Indian journal of veterinary science and animal husbandry - Volume 2,
Year: 1932
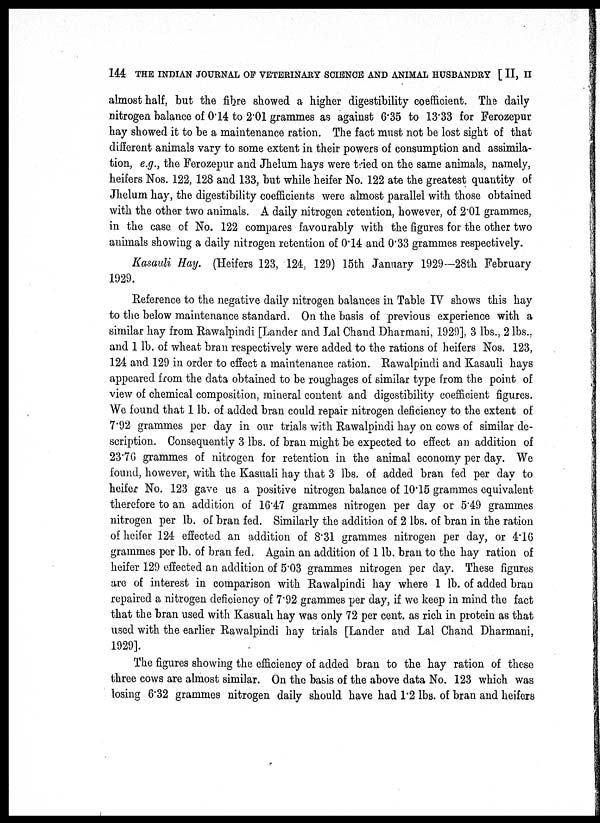
144 THE INDIAN JOURNAL OF VETERINARY SCIENCE AND ANIMAL HUSBANDRY [ II, II
almost half, but the fibre showed a higher digestibility coefficient. The daily
nitrogen balance of 0.14 to 2.01 grammes as against 6.35 to 13.33 for Ferozepur
hay showed it to be a maintenance ration. The fact must not be lost sight of that
different animals vary to some extent in their powers of consumption and assimila-
tion, e.g., the Ferozepur and Jhelum hays were tried on the same animals, namely,
heifers Nos. 122, 128 and 133, but while heifer No. 122 ate the greatest quantity of
Jhelum hay, the digestibility coefficients were almost parallel with those obtained
with the other two animals. A daily nitrogen retention, however, of 2.01 grammes,
in the case of No. 122 compares favourably with the figures for the other two
animals showing a daily nitrogen retention of 0.14 and 0.33 grammes respectively.
Kasauli Hay. (Heifers 123, 124, 129) 15th January 1929— 28th February
1929.
Reference to the negative daily nitrogen balances in Table IV shows this hay
to the below maintenance standard. On the basis of previous experience with a
similar hay from Rawalpindi [Lander and Lal Chand Dharmani, 1929], 3 lbs., 2 lbs.,
and 1 lb. of wheat bran respectively were added to the rations of heifers Nos. 123,
124 and 129 in order to effect a maintenance ration. Rawalpindi and Kasauli hays
appeared from the data obtained to be roughages of similar type from the point of
view of chemical composition, mineral content and digestibility coefficient figures.
We found that 1 lb. of added bran could repair nitrogen deficiency to the extent of
7.92 grammes per day in our trials with Rawalpindi hay on cows of similar de-
scription. Consequently 3 lbs. of bran might be expected to effect an addition of
23.76 grammes of nitrogen for retention in the animal economy per day. We
found, however, with the Kasuali hay that 3 lbs. of added bran fed per day to
heifer No. 123 gave us a positive nitrogen balance of 10.15 grammes equivalent
therefore to an addition of 16.47 grammes nitrogen per day or 5.49 grammes
nitrogen per lb. of bran fed. Similarly the addition of 2 lbs. of bran in the ration
of heifer 124 effected an addition of 8.31 grammes nitrogen per day, or 4.16
grammes per lb. of bran fed. Again an addition of 1 lb. bran to the hay ration of
heifer 129 effected an addition of 5.03 grammes nitrogen per day. These figures
are of interest in comparison with Rawalpindi hay where 1 lb. of added bran
repaired a nitrogen deficiency of 7.92 grammes per day, if we keep in mind the fact
that the bran used with Kasuah hay was only 72 per cent. as rich in protein as that
used with the earlier Rawalpindi hay trials [Lander and Lal Chand Dharmani,
1929].
The figures showing the efficiency of added bran to the hay ration of these
three cows are almost similar. On the basis of the above data No. 123 which was
losing 6.32 grammes nitrogen daily should have had 1.2 lbs. of bran and heifers